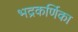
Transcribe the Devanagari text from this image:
भद्रकर्णिका